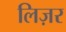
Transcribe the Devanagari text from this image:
लिज़र